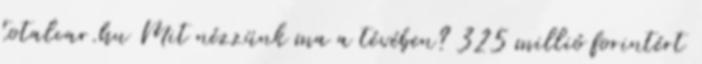
totalcar.hu Mit nézzünk ma a tévében? 325 millió forintért